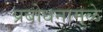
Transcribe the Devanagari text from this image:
प्रबोधनामुळे